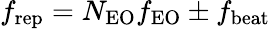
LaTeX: f_{\mathrm{rep}}=N_{\mathrm{EO}}f_{\mathrm{EO}}\pm f_{\mathrm{beat}}